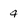
Character: 4